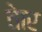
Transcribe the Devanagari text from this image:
तेार